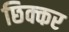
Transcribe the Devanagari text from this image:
छिक्कर